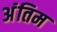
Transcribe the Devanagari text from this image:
अंंतिम